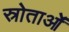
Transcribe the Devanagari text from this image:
स्रोताओं